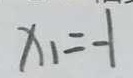
x _ { 1 } = - 1